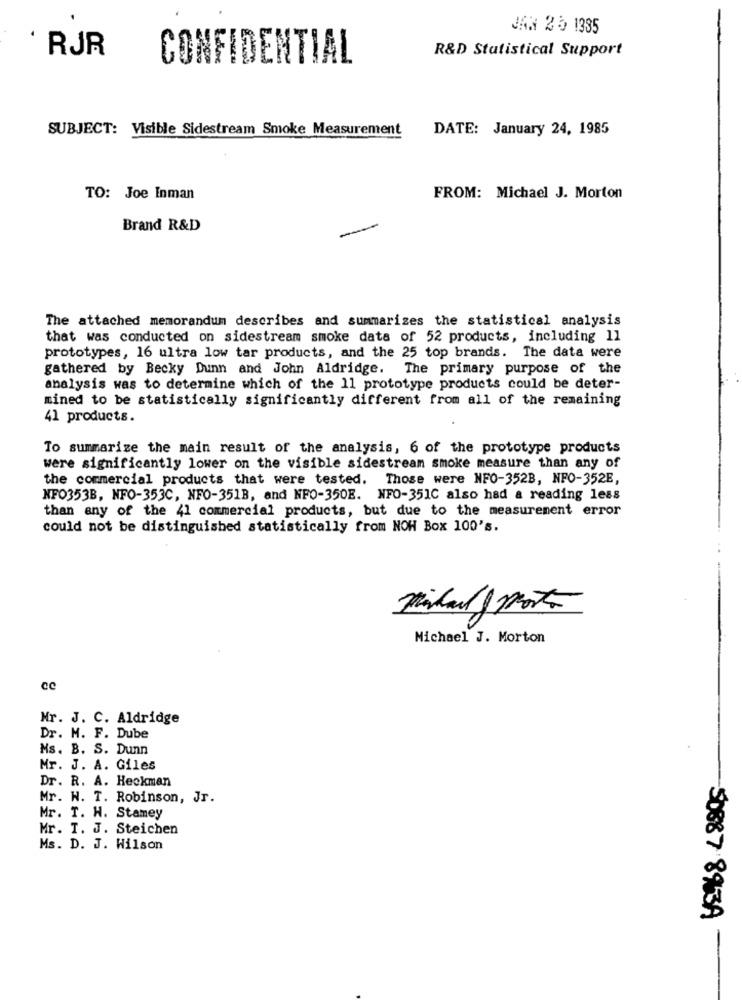
JAN 2 5 1385
R&D Statistical Support
' RJR
CONFIDENTIAL
SUBJECT: Visible Sidestream Smoke Measurement
DATE: January 24, 1985
TO: Joe Inman
FROM: Michael J. Morton
Brand R&D
The attached memorandum describes and summarizes the statistical analysis
that was conducted on sidestream smoke data of 52 products, including 11
prototypes, 16 ultra low tar products, and the 25 top brands. The data were
gathered by Becky Dunn and John Aldridge. The primary purpose of the
analysis was to determine which of the 11 prototype products could be deter-
mined to be statistically significantly different from all of the remaining
41 products.
To summarize the main result of the analysis, 6 of the prototype products
were significantly lower on the visible sidestream smoke measure than any of
the commercial products that were tested. Those were NFO-352B, NFO-352E,
NFO353B, NFO-353C, NFO-351B, and NFO-350E. NFO-351C also had a reading less
than any of the 41 commercial products, but due to the measurement error
could not be distinguished statistically from NOW Box 100's.
Michael J. Morton
cc
Mr. J. C. Aldridge
Dr. M. F. Dube
Ms. B. S. Dunn
Mr. J. A. Giles
Dr. R. A. Heckman
Mr. W. T. Robinson, Jr.
Mr. T. H. Stamey
Mr. T. J. Steichen
Ms. D. J. Wilson
50887 8963A